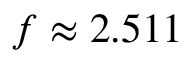
f \approx 2 . 5 1 1